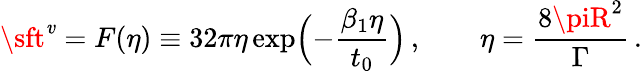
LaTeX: {\sft^{\mathit{v}}}=F(\eta)\equiv32\pi\eta\exp\Bigl(-\frac{{\beta_{1}\eta}}{{t_{0}}}\Bigr)\, ,\qquad\eta=\frac{{8\piR^{2}}}{{\Gamma}}\, .